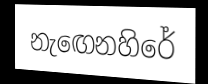
නැඟෙනහිරේ